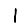
Digit: 1